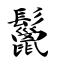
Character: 鬣